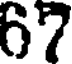
67